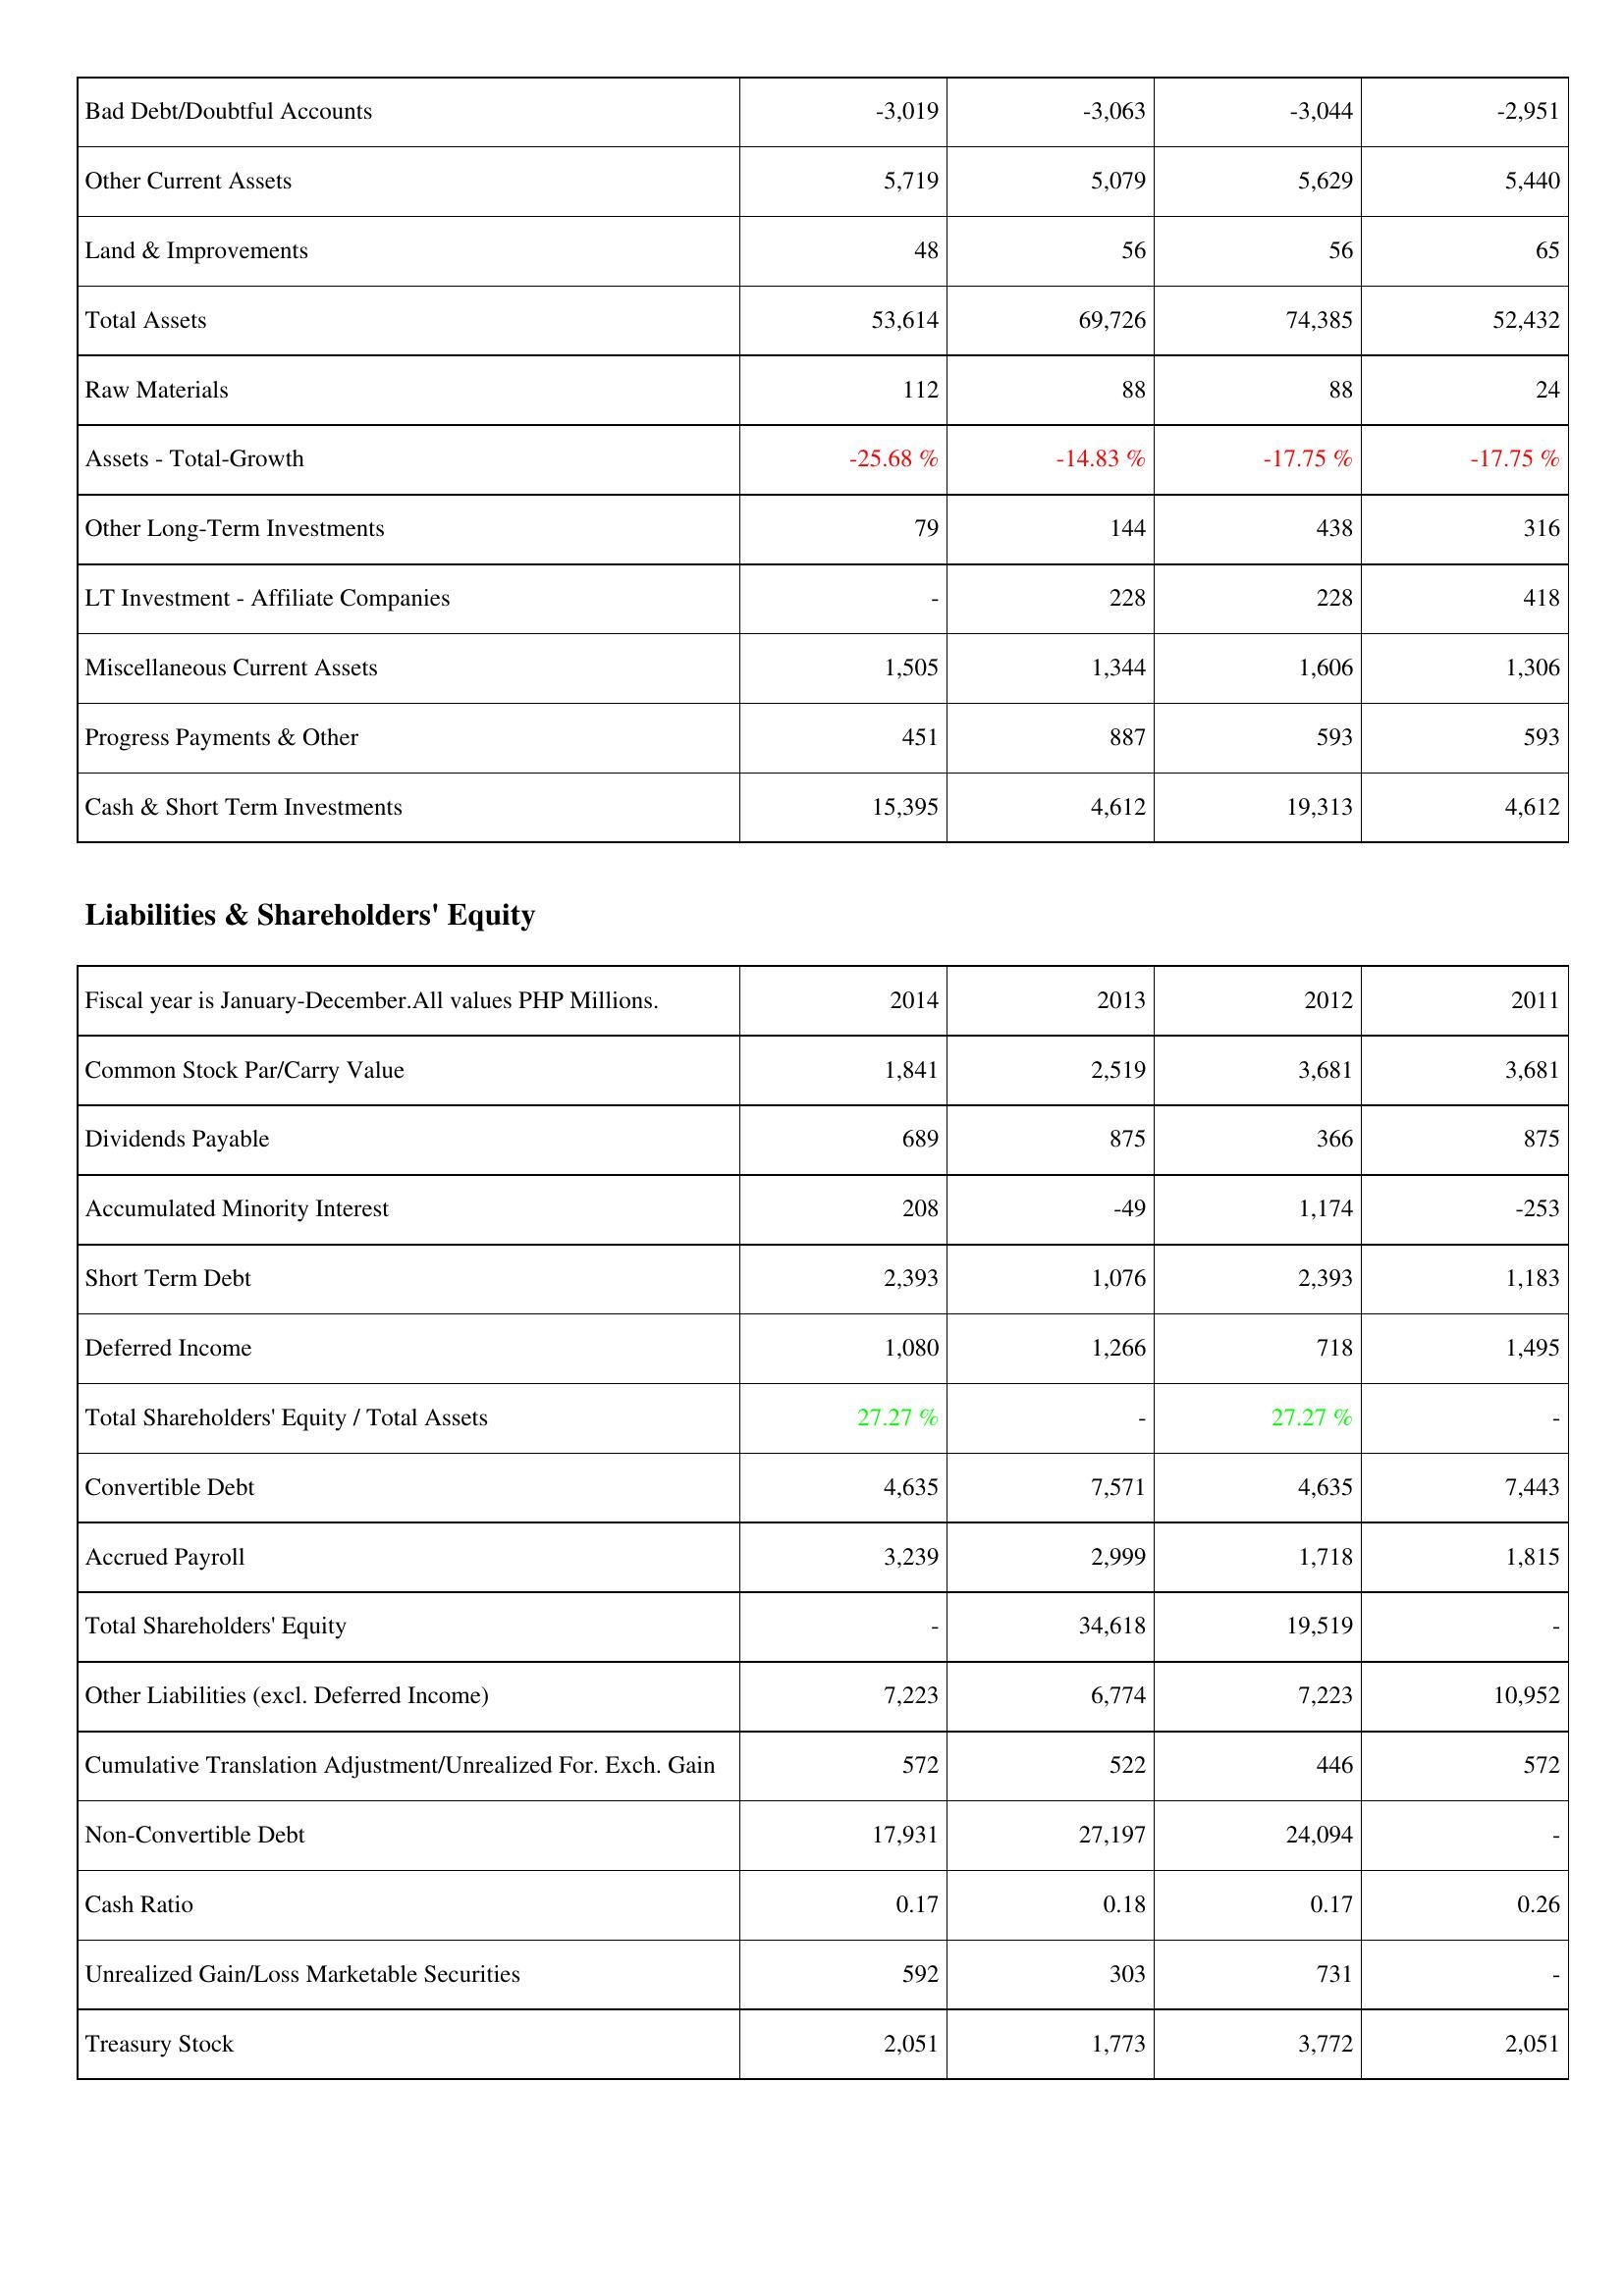
2014: Assets: Bad Debt/Doubtful Accounts: -3,019
Other Current Assets: 5,719
Land & Improvements: 48
Total Assets: 53,614
Raw Materials: 112
Assets - Total-Growth: -25.68 %
Other Long-Term Investments: 79
LT Investment - Affiliate Companies: -
Miscellaneous Current Assets: 1,505
Progress Payments & Other: 451
Cash & Short Term Investments: 15,395
Liabilities & Shareholders' Equity: Common Stock Par/Carry Value: 1,841
Dividends Payable: 689
Accumulated Minority Interest: 208
Short Term Debt: 2,393
Deferred Income: 1,080
Total Shareholders' Equity / Total Assets: 27.27 %
Convertible Debt: 4,635
Accrued Payroll: 3,239
Total Shareholders' Equity: -
Other Liabilities (excl. Deferred Income): 7,223
Cumulative Translation Adjustment/Unrealized For. Exch. Gain: 572
Non-Convertible Debt: 17,931
Cash Ratio: 0.17
Unrealized Gain/Loss Marketable Securities: 592
Treasury Stock: 2,051
2013: Assets: Bad Debt/Doubtful Accounts: -3,063
Other Current Assets: 5,079
Land & Improvements: 56
Total Assets: 69,726
Raw Materials: 88
Assets - Total-Growth: -14.83 %
Other Long-Term Investments: 144
LT Investment - Affiliate Companies: 228
Miscellaneous Current Assets: 1,344
Progress Payments & Other: 887
Cash & Short Term Investments: 4,612
Liabilities & Shareholders' Equity: Common Stock Par/Carry Value: 2,519
Dividends Payable: 875
Accumulated Minority Interest: -49
Short Term Debt: 1,076
Deferred Income: 1,266
Total Shareholders' Equity / Total Assets: -
Convertible Debt: 7,571
Accrued Payroll: 2,999
Total Shareholders' Equity: 34,618
Other Liabilities (excl. Deferred Income): 6,774
Cumulative Translation Adjustment/Unrealized For. Exch. Gain: 522
Non-Convertible Debt: 27,197
Cash Ratio: 0.18
Unrealized Gain/Loss Marketable Securities: 303
Treasury Stock: 1,773
2012: Assets: Bad Debt/Doubtful Accounts: -3,044
Other Current Assets: 5,629
Land & Improvements: 56
Total Assets: 74,385
Raw Materials: 88
Assets - Total-Growth: -17.75 %
Other Long-Term Investments: 438
LT Investment - Affiliate Companies: 228
Miscellaneous Current Assets: 1,606
Progress Payments & Other: 593
Cash & Short Term Investments: 19,313
Liabilities & Shareholders' Equity: Common Stock Par/Carry Value: 3,681
Dividends Payable: 366
Accumulated Minority Interest: 1,174
Short Term Debt: 2,393
Deferred Income: 718
Total Shareholders' Equity / Total Assets: 27.27 %
Convertible Debt: 4,635
Accrued Payroll: 1,718
Total Shareholders' Equity: 19,519
Other Liabilities (excl. Deferred Income): 7,223
Cumulative Translation Adjustment/Unrealized For. Exch. Gain: 446
Non-Convertible Debt: 24,094
Cash Ratio: 0.17
Unrealized Gain/Loss Marketable Securities: 731
Treasury Stock: 3,772
2011: Assets: Bad Debt/Doubtful Accounts: -2,951
Other Current Assets: 5,440
Land & Improvements: 65
Total Assets: 52,432
Raw Materials: 24
Assets - Total-Growth: -17.75 %
Other Long-Term Investments: 316
LT Investment - Affiliate Companies: 418
Miscellaneous Current Assets: 1,306
Progress Payments & Other: 593
Cash & Short Term Investments: 4,612
Liabilities & Shareholders' Equity: Common Stock Par/Carry Value: 3,681
Dividends Payable: 875
Accumulated Minority Interest: -253
Short Term Debt: 1,183
Deferred Income: 1,495
Total Shareholders' Equity / Total Assets: -
Convertible Debt: 7,443
Accrued Payroll: 1,815
Total Shareholders' Equity: -
Other Liabilities (excl. Deferred Income): 10,952
Cumulative Translation Adjustment/Unrealized For. Exch. Gain: 572
Non-Convertible Debt: -
Cash Ratio: 0.26
Unrealized Gain/Loss Marketable Securities: -
Treasury Stock: 2,051